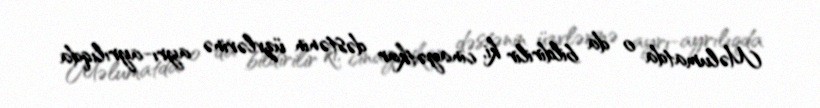
Məlumatda o da bildirilir ki, cinayətkar dəstənin üzvlərinə ayrı-ayrılıqda